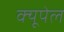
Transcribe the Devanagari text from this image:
क्यूपेल